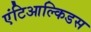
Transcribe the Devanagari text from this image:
एंटिआल्किडस